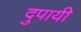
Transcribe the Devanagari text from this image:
दुपायी